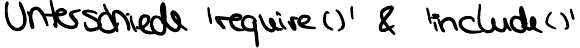
Unterschiede 'require()' & 'include()'